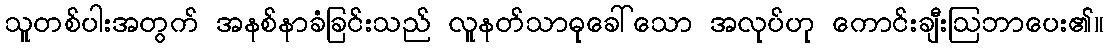
သူတစ်ပါးအတွက် အနစ်နာခံခြင်းသည် လူနတ်သာဓုခေါ်သော အလုပ်ဟု ကောင်းချီးဩဘာပေး၏။